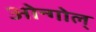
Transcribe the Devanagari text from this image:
ओन्गोल्